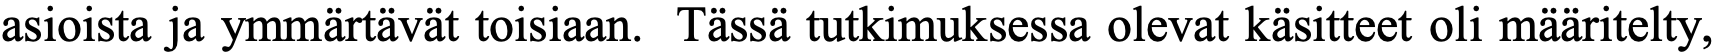
asioista ja ymmärtävät toisiaan. Tässä tutkimuksessa olevat käsitteet oli määritelty,